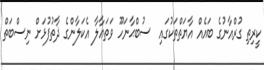
ކީރިތި ގުރްއާނުގެ ބައެއް އާޔަތްތަކުގައި  ސުބްޙާނަހޫ ވަތަޢާލާ އެކަލާންގެ ޛާތުފުޅަށް ނިސްބަތް